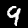
Digit: 9